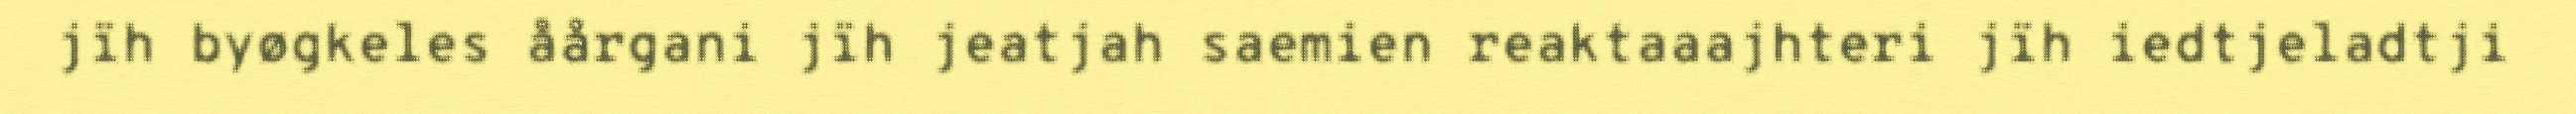
jïh byøgkeles åårgani jïh jeatjah saemien reaktaaajhteri jïh iedtjeladtji